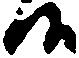
候